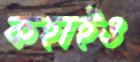
কহাইও